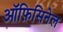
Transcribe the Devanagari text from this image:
ऑफ़िसिनेल